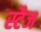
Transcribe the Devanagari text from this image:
स्टैज